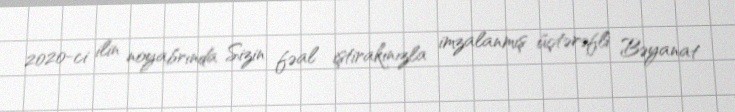
2020-ci ilin noyabrında Sizin fəal iştirakınızla imzalanmış üçtərəfli Bəyanat